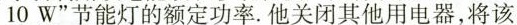
10W”节能灯的额定功率。他关闭其他用电器，将该